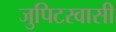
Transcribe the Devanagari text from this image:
जुपिटरवासी